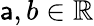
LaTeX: \mathsf{a},b\in\mathbb{{R}}